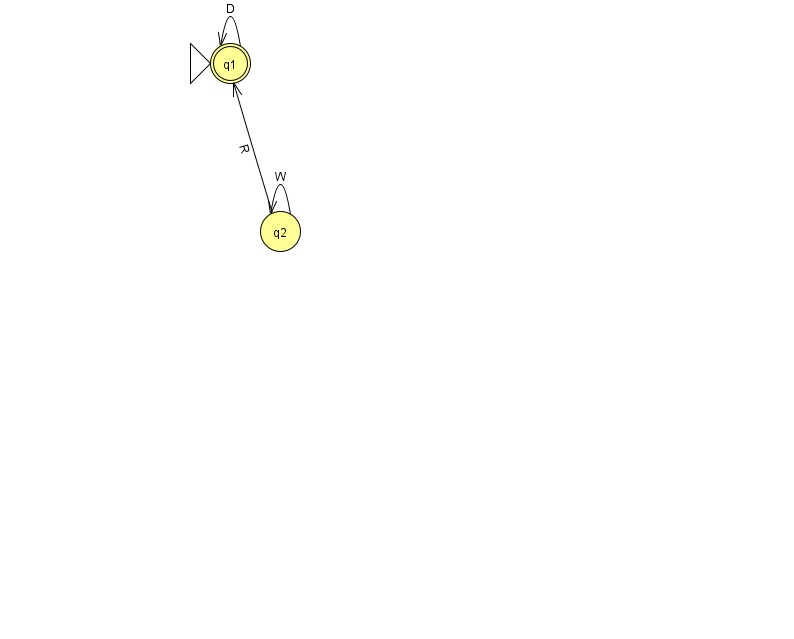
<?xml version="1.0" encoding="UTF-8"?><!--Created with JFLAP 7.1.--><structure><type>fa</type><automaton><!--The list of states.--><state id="1" name="q1"><x>230.0</x><y>50.0</y><initial/><final/></state><state id="2" name="q2"><x>280.0</x><y>218.0</y></state><!--The list of transitions.--><transition><from>1</from><to>1</to><read>D</read></transition><transition><from>2</from><to>1</to><read>R</read></transition><transition><from>2</from><to>2</to><read>W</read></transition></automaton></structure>